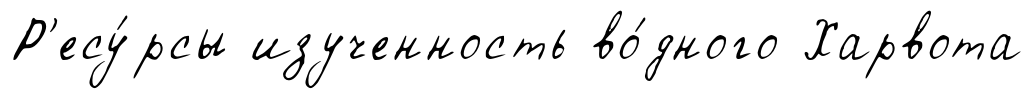
Р'есу́рсы изученность во́дного Харвота